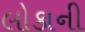
લોકાની